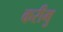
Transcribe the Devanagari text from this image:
करीमु